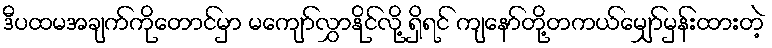
ဒီပထမအချက်ကိုတောင်မှာ မကျော်လွှာနိုင်လို့ ရှိရင် ကျနော်တို့တကယ်မျှော်မှန်းထားတဲ့